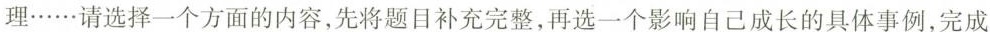
理······请选择一个方面的内容，先将题目补充完整，再选一个影响自己成长的具体事例，完成